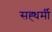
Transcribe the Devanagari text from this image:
सह्धर्मी